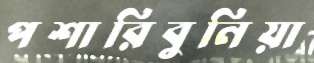
পশারিবুনিয়া